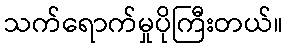
သက်ရောက်မှုပိုကြီးတယ်။